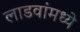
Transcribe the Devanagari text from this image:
लाडवांमध्ये